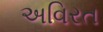
અવિરત